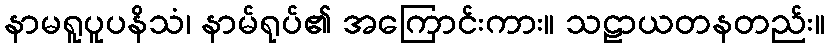
နာမရူပူပနိသံ၊ နာမ်ရုပ်၏ အကြောင်းကား။ သဠာယတနတည်း။